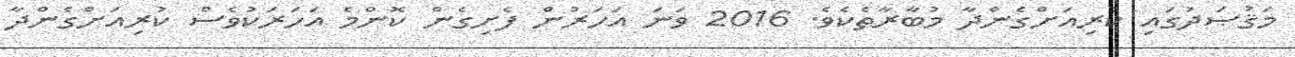
މަޤުޞަދުގައި ކުރިއަށްގެންދާ މުބާރާތެކެވެ. 2016 ވަނަ އަހަރުން ފެށިގެން ކޮންމެ އަހަރަކުވެސް ކުރިއަށްގެންދާ